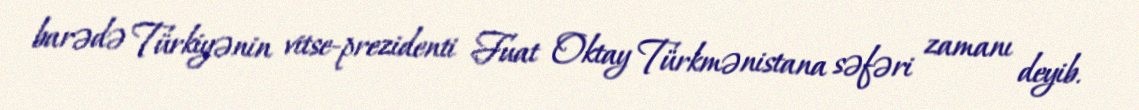
barədə Türkiyənin vitse-prezidenti Fuat Oktay Türkmənistana səfəri zamanı deyib.